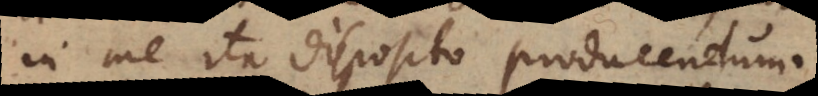
in me ita disposito producendum.